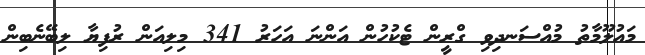
މައުލޫމާތު މުއްސަނދިވި ގްރީން ޓެކުހުން އަންނަ އަހަރު 341 މިލިއަން ރުފިޔާ ލިބޭނެބިން